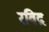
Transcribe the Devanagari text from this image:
रविद्र